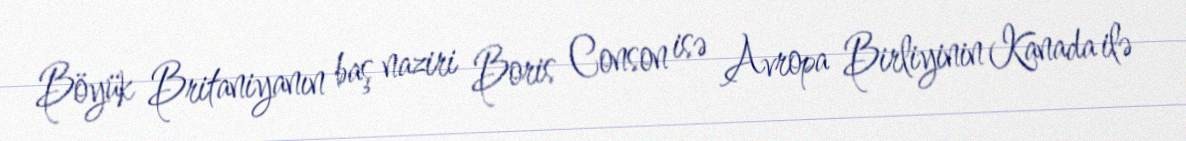
Böyük Britaniyanın baş naziri Boris Conson isə Avropa Birliyinin Kanada ilə